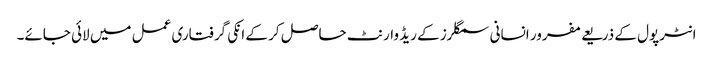
انٹرپول کے ذریعے مفرور انسانی سمگلرز کے ریڈ وارنٹ حاصل کر کے انکی گرفتاری عمل میں لائی جائے۔